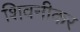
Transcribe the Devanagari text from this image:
शिवनीकर